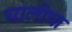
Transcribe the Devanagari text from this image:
चालीचा